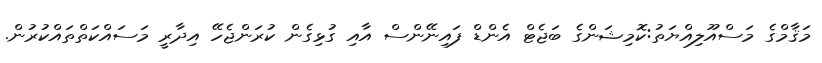
މަޤާމްގެ މަސްއޫލިއްޔަތު:ކޮމިޝަންގެ ބަޖެޓް އެންޑް ފައިނޭންސް އާއި ގުޅިގެން ކުރަންޖެހޭ އިދާރީ މަސައްކަތްތައްކުރުން.